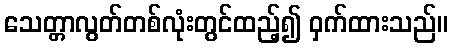
သေတ္တာလွတ်တစ်လုံးတွင်ထည့်၍ ဝှက်ထားသည်။